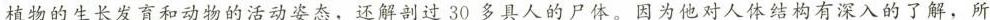
植物的生长发育和动物的活动姿态，还解剖过30多具人的尸体。因为他对人体结构有深入的了解，所